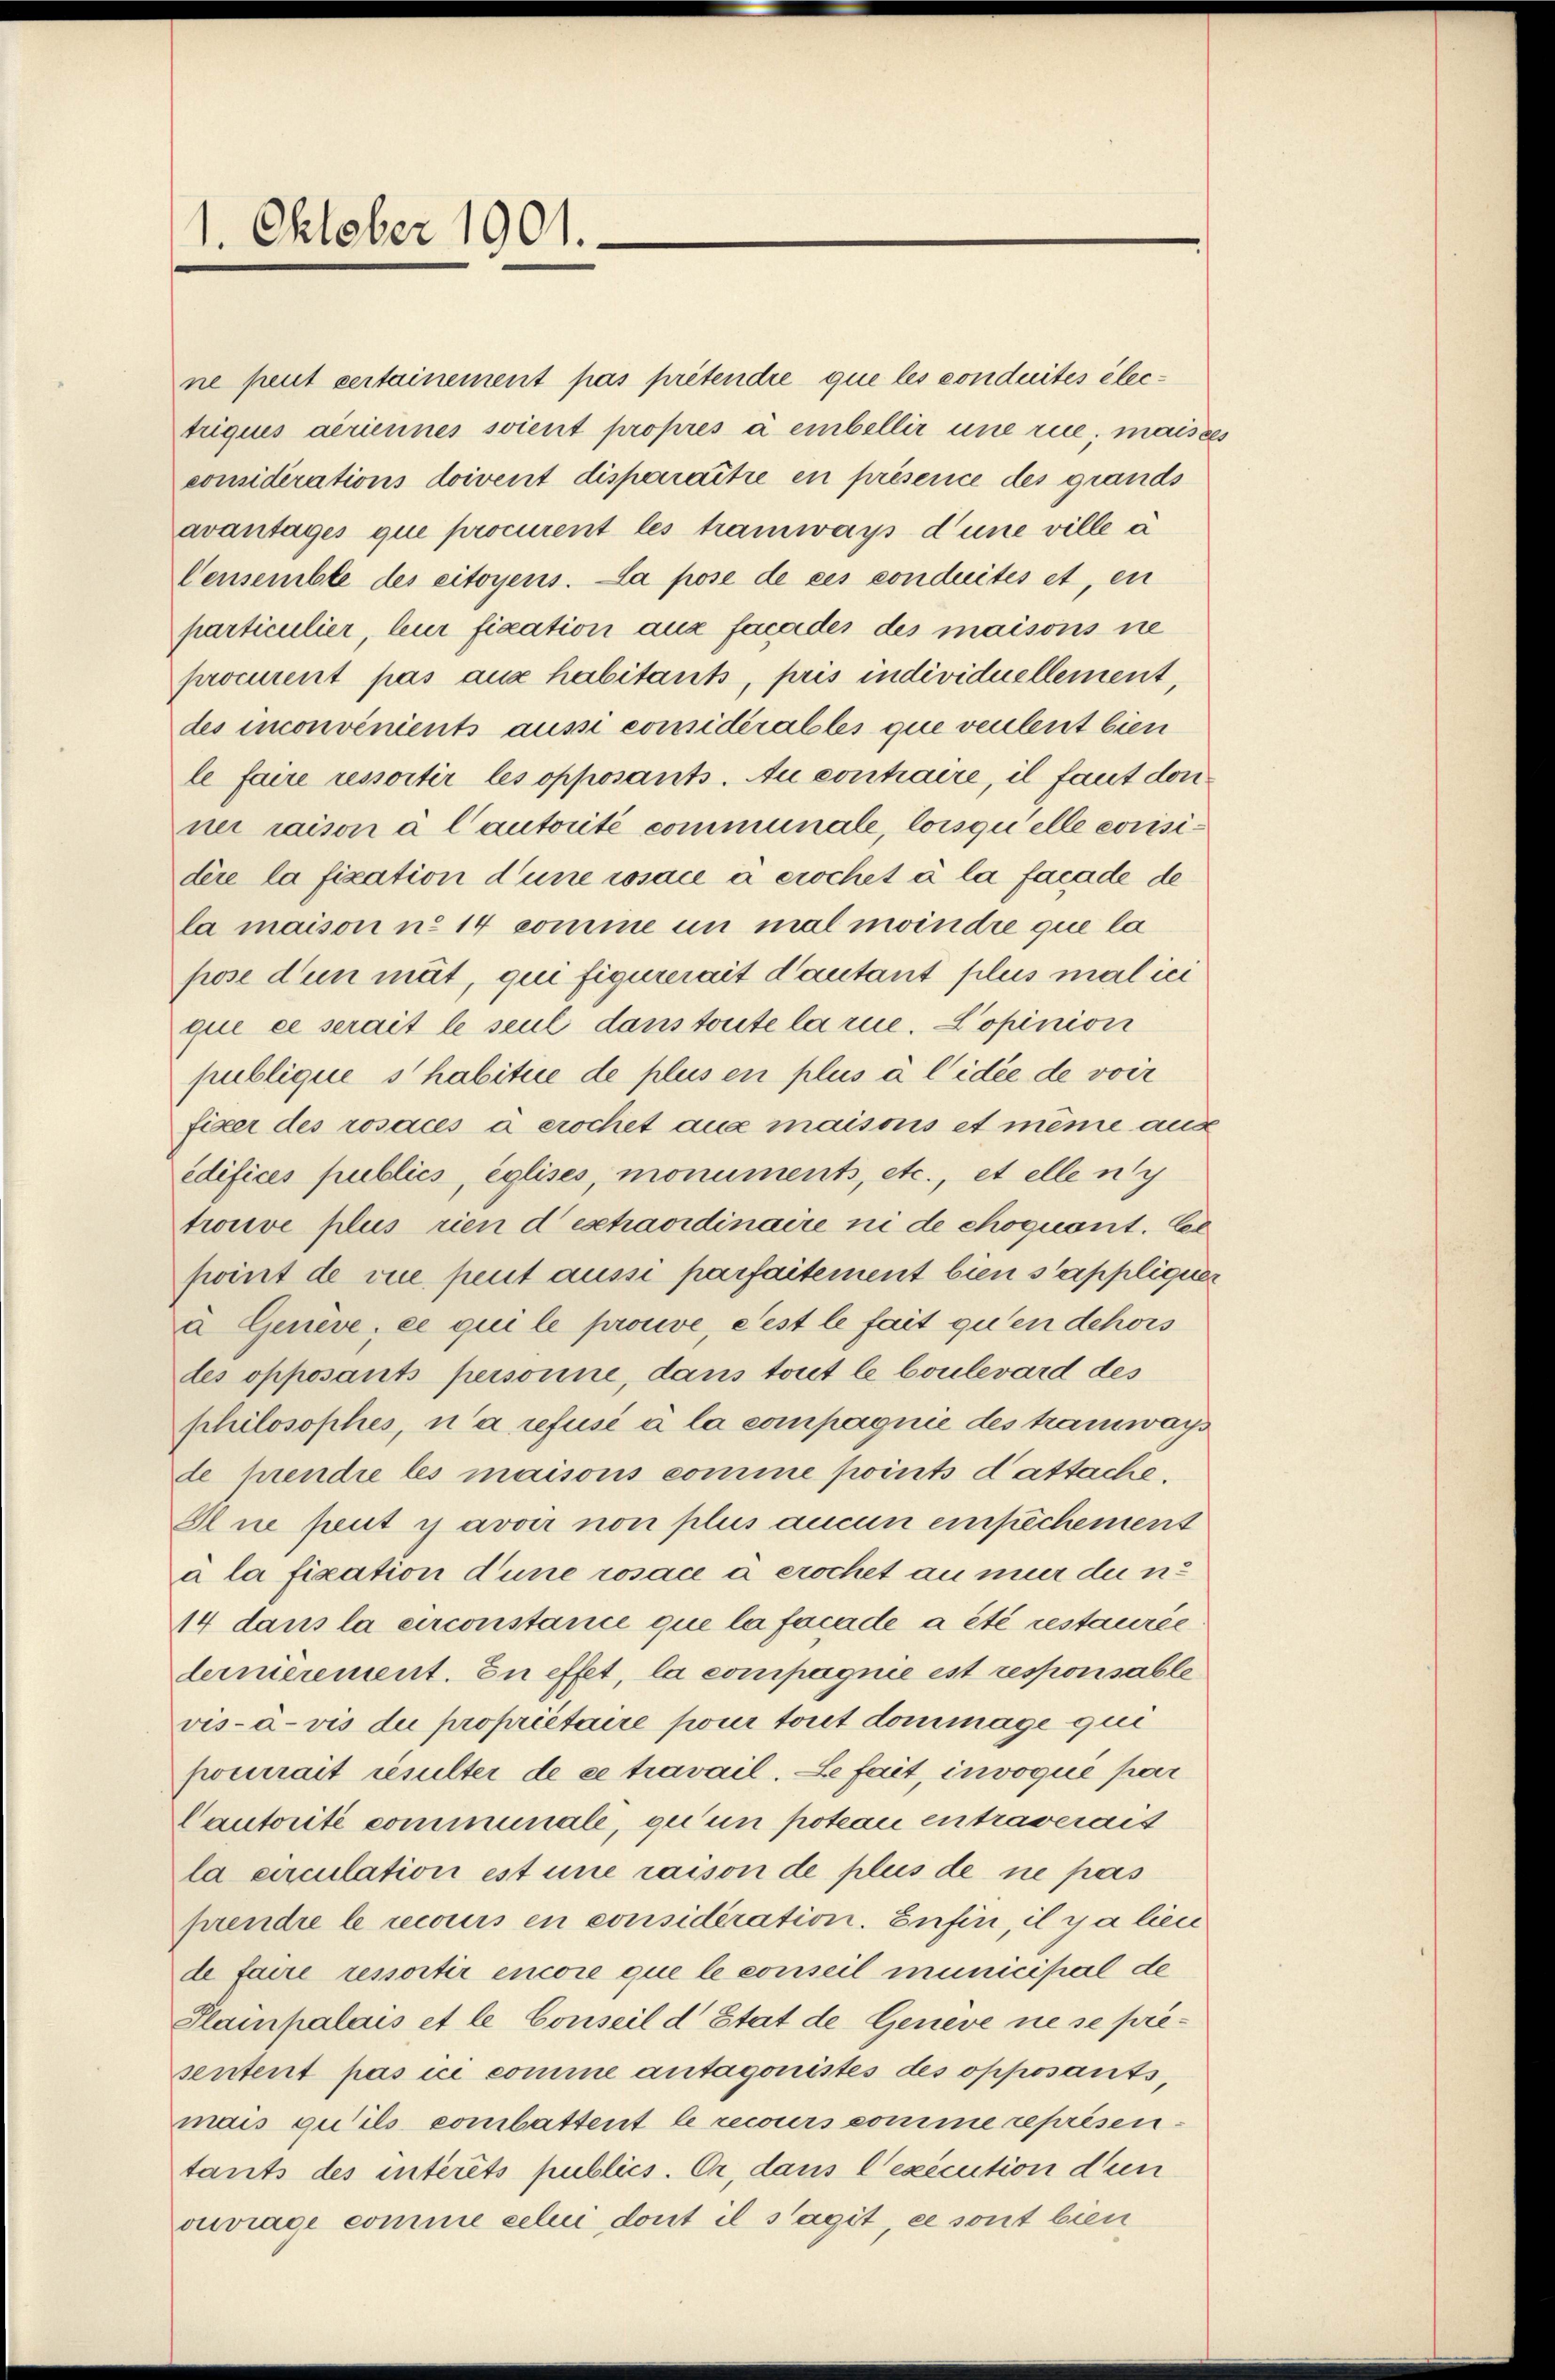
1. Oktober 1901.

ne peut certainement pas prétendre que les conduités électriquis aeriennes soient propres à embellir une rue; mais ces
considerations doivent dispenaitre en présence des grands
avantages que procurent les tramways d’une ville à
Censemble des citoyens. La pose de ces conduités et, en
particulier bur fication aux facades des maisons ne
procurent pas aux habitants, pris individuellement,
des inconvenients aussi considérables que venleut bien
le faire ressortir les opposants. Au contraire, il faut don
ner raison à l’autorité communale, lorsquelle errisidère la fication d’une rosace à crochet à la facade de
la maison n. 14 comme in mal meindre que la
pose d’un mit, qui figurerait d’autant plus malici
que ce serait le seul dans toute la rue. Copinion
publique s habitice de plus en plus à l’idée de voir
fixer des rosacés à crochet aux maisons et même aux
edifices publics, églises, monuments, etc., et elle nich
trouve plus rien deshavidinaire ni de choquant. Ex
point de vue peut aussi parfaitement bien sappliquer
a Genève, ce qui le prouve, e est le fait qu’en dehors
des opposants personne, dans tout le boulevard des
philosophes, n’a refusé à la compagnie des tramways
de prendre les maisons comme points dattache,
Alne peut y avoir non plus aucun einfachement
a la fixation dune rosace à crochet an nur du n
14 dans la circonstance que la facade a été restaurée
lermerement. In effet, la compagnie est responsable
vis-à-vis du propriétaire pour tout dommage qui
pourrait resulter de ce travail. Le fait, invoqué par
Cautorité communale, qu’un poteau entraverait
la circulation est une raison de plus de ne pas
prendre le recours en considération. Enfin, il y a lien
de faire ressortir encore que le conseil municipal de
Plainpalais et le Conseil d’Etat de Geneve ne se présentent pas ici comme antagonistes des opposants,
mais qu’ils combattent le recours comme représentants des intérêts publics. Er, dans l’exécution den
ouvrage comme celui dont il s’agit, ce sont bien